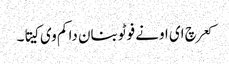
کعر چ ای اونے فوٹو بنان دا کم وی کیتا۔